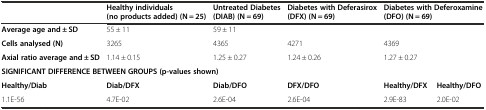
|  | Healthy individuals (no products added)(N = 25) | Untreated Diabetes (DIAB)(N = 69) | Diabetes with Deferasirox (DFX)(N = 69) | <COLSPAN=2> Diabetes with Deferoxamine (DFO)(N = 69) |
 | --- | --- | --- | --- | --- | --- |
 | Average age and ± SD | 55 ± 11 | <COLSPAN=4> 59 ± 11 |
 | Cells analysed(N) | 3265 | 4365 | 4271 | <COLSPAN=2> 4369 |
 | Axial ratio average and ± SD | 1.14 ± 0.15 | 1.25 ± 0.27 | 1.24 ± 0.26 | <COLSPAN=2> 1.27 ± 0.27 |
 | <COLSPAN=6> SIGNIFICANT DIFFERENCE BETWEEN GROUPS (p-values shown) |
 | Healthy/Diab | Diab/DFX | Diab/DFO | DFX/DFO | Healthy/DFX | Healthy/DFO |
 | 1.1E-56 | 4.7E-02 | 2.6E-04 | 2.6E-04 | 2.9E-83 | 2.0E-02 |